Leaving Certificate Examination, 1916
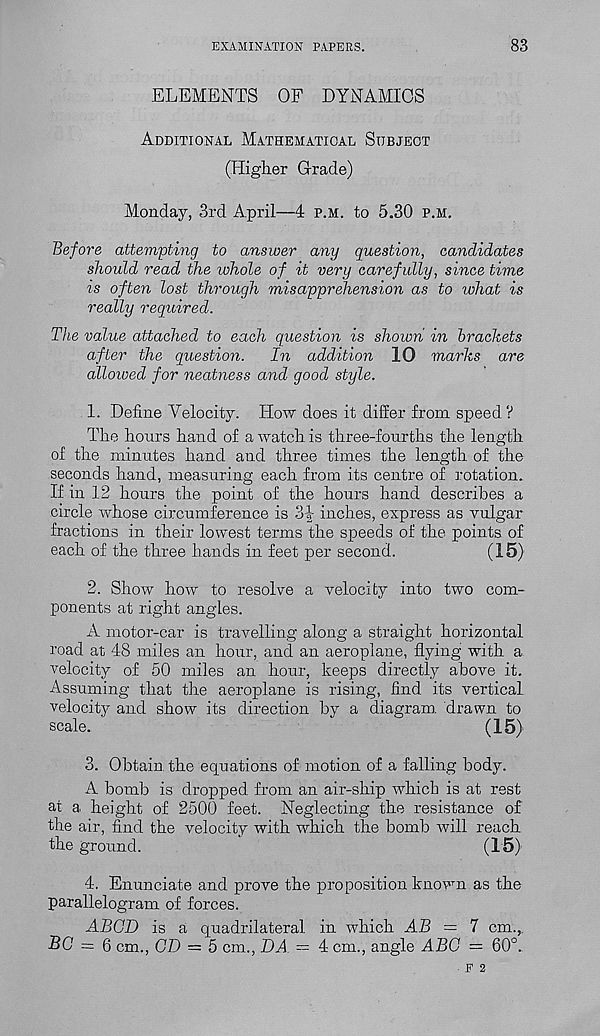
EXAMINATION PAPERS.
83
ELEMENTS OF DYNAMICS
Additional Mathematical Subject
(Higher Grade)
Monday, 3rd April—4 p.m. to 5.30 p.m.
Before attempting to answer any question, candidates
should read the whole of it very carefully, since time
is often lost through misapprehension as to what is
really required.
The value attached to each question is shown in brackets
after the question.
In addition 10 marks are
allowed for neatness and good style.
1. Define Velocity. How does it differ from, speed ?
The hours hand of a watch is three-fourths the length
of the minutes hand and three times the length of the
seconds hand, measuring each from its centre of rotation.
If in 12 hours the point of the hours hand describes a
circle whose circumference is
inches, express as vulgar
fractions in their lowest terms the speeds of the points of
each of the three hands in feet per second.
(^5)
2. Show how to resolve a velocity into two com-
ponents at right angles.
A motor-car is travelling along a straight horizontal
road at 48 miles an hour, and an aeroplane, flying with a
velocity of 50 miles an hour, keeps directly above it.
Assuming that the aeroplane is rising, find its vertical
velocity and show its direction by a diagram, drawn to
scale.
(15)
3. Obtain the equations of motion of a falling body.
A bomb is dropped from an air-ship which is at rest
at a height of 2500 feet. Neglecting the resistance of
the air, find the velocity with which the bomb will reach
the ground.
(15)
4. Enunciate and prove the proposition knov r n as the
parallelogram of forces.
ABOD is a quadrilateral in which AB = 7 cm.,,
BC = 6 cm., CD = 5 cm., DA
4 cm., angle ABC = 60°.